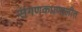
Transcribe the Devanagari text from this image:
संगणकप्रणालीत